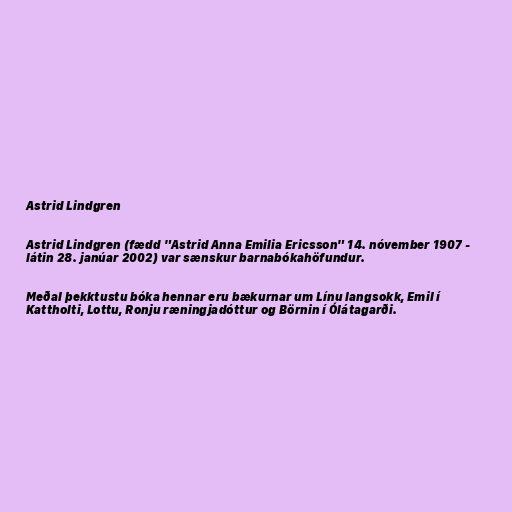
Astrid Lindgren

Astrid Lindgren (fædd "Astrid Anna Emilia Ericsson" 14. nóvember 1907 -
látin 28. janúar 2002) var sænskur barnabókahöfundur.

Meðal þekktustu bóka hennar eru bækurnar um Línu langsokk, Emil í
Kattholti, Lottu, Ronju ræningjadóttur og Börnin í Ólátagarði.